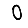
Digit: 0